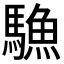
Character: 𩥭